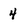
Character: 4